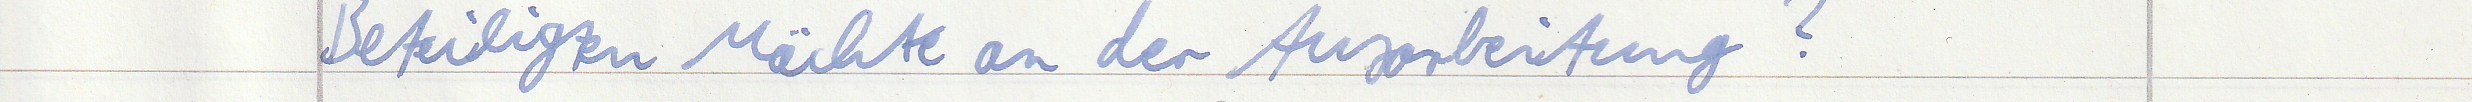
Beteilgiten Mächte an der Ausarbeitung?